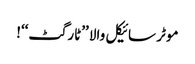
موٹر سائیکل والا ’’ٹارگٹ‘‘!